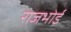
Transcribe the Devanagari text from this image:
राजभोई